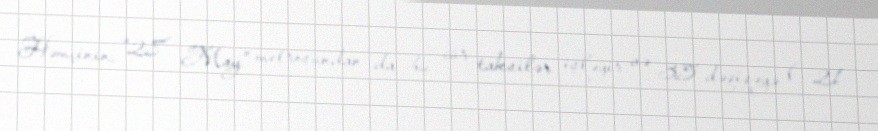
Həmçinin, “28 May” metrosundan da bu cür taksilər işləyir və 35 dəqiqəyə ( 21